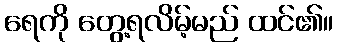
ရေကို တွေ့ရလိမ့်မည် ထင်၏။